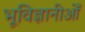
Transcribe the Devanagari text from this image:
भूविज्ञानीओँ